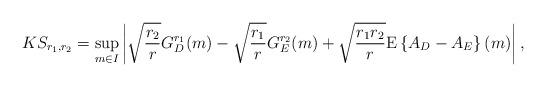
LaTeX: \begin{align*} KS_{r_1,r_2} = \sup_{ m \in I} \left|\sqrt{\frac{r_2}{r}} G^{r_1}_D(m) - \sqrt{\frac{r_1}{r}}G^{r_2}_E(m) + \sqrt{\frac{r_1 r_2}{r}} \mathrm E \left\{ A_D-A_E \right\}(m) \right|,\end{align*}